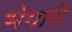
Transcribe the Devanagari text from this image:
भेगारी